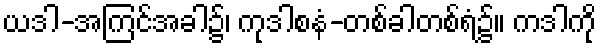
ယဒါ-အကြင်အခါ၌၊ ကုဒါစနံ-တစ်ခါတစ်ရံ၌။ ကဒါကို